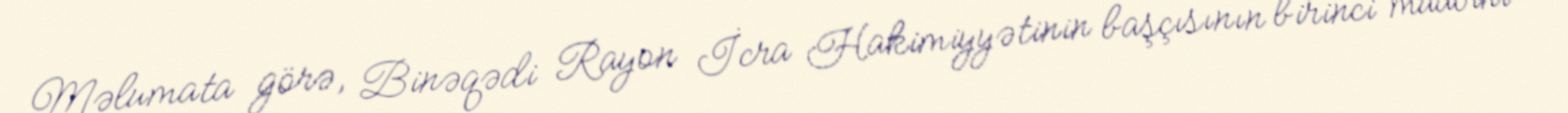
Məlumata görə, Binəqədi Rayon İcra Hakimiyyətinin başçısının birinci müavini